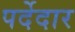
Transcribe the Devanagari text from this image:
पर्देदार